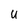
Character: u